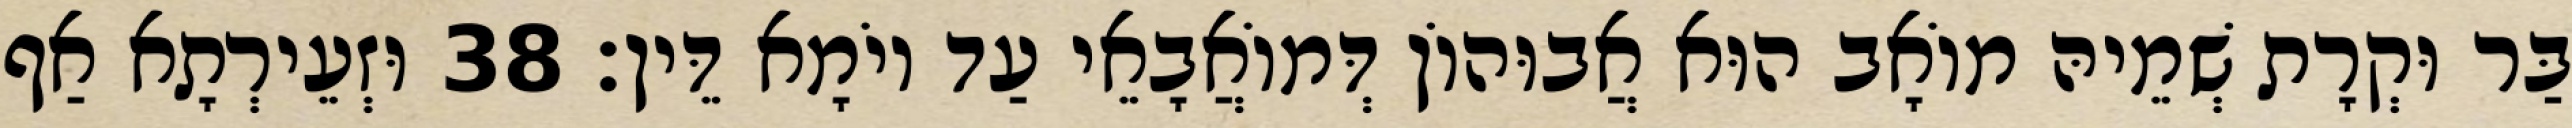
בַּר וּקְרָת שְׁמֵיהּ מוֹאָב הוּא אֲבוּהוֹן דְּמוֹאֲבָאֵי עַד יוֹמָא דֵּין׃ 38 וּזְעֵירְתָא אַף